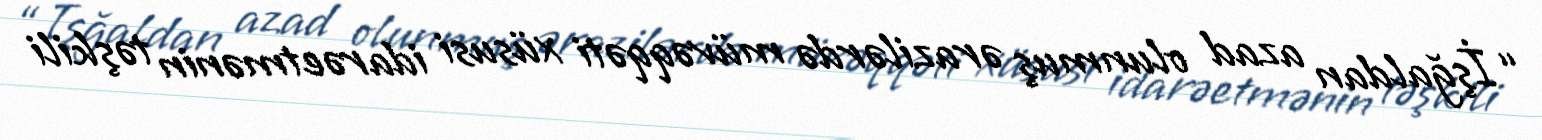
“İşğaldan azad olunmuş ərazilərdə müvəqqəti xüsusi idarəetmənin təşkili